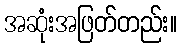
အဆုံးအဖြတ်တည်း။